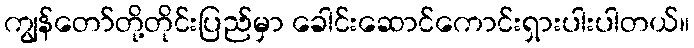
ကျွန်တော်တို့တိုင်းပြည်မှာ ခေါင်းဆောင်ကောင်းရှားပါးပါတယ်။